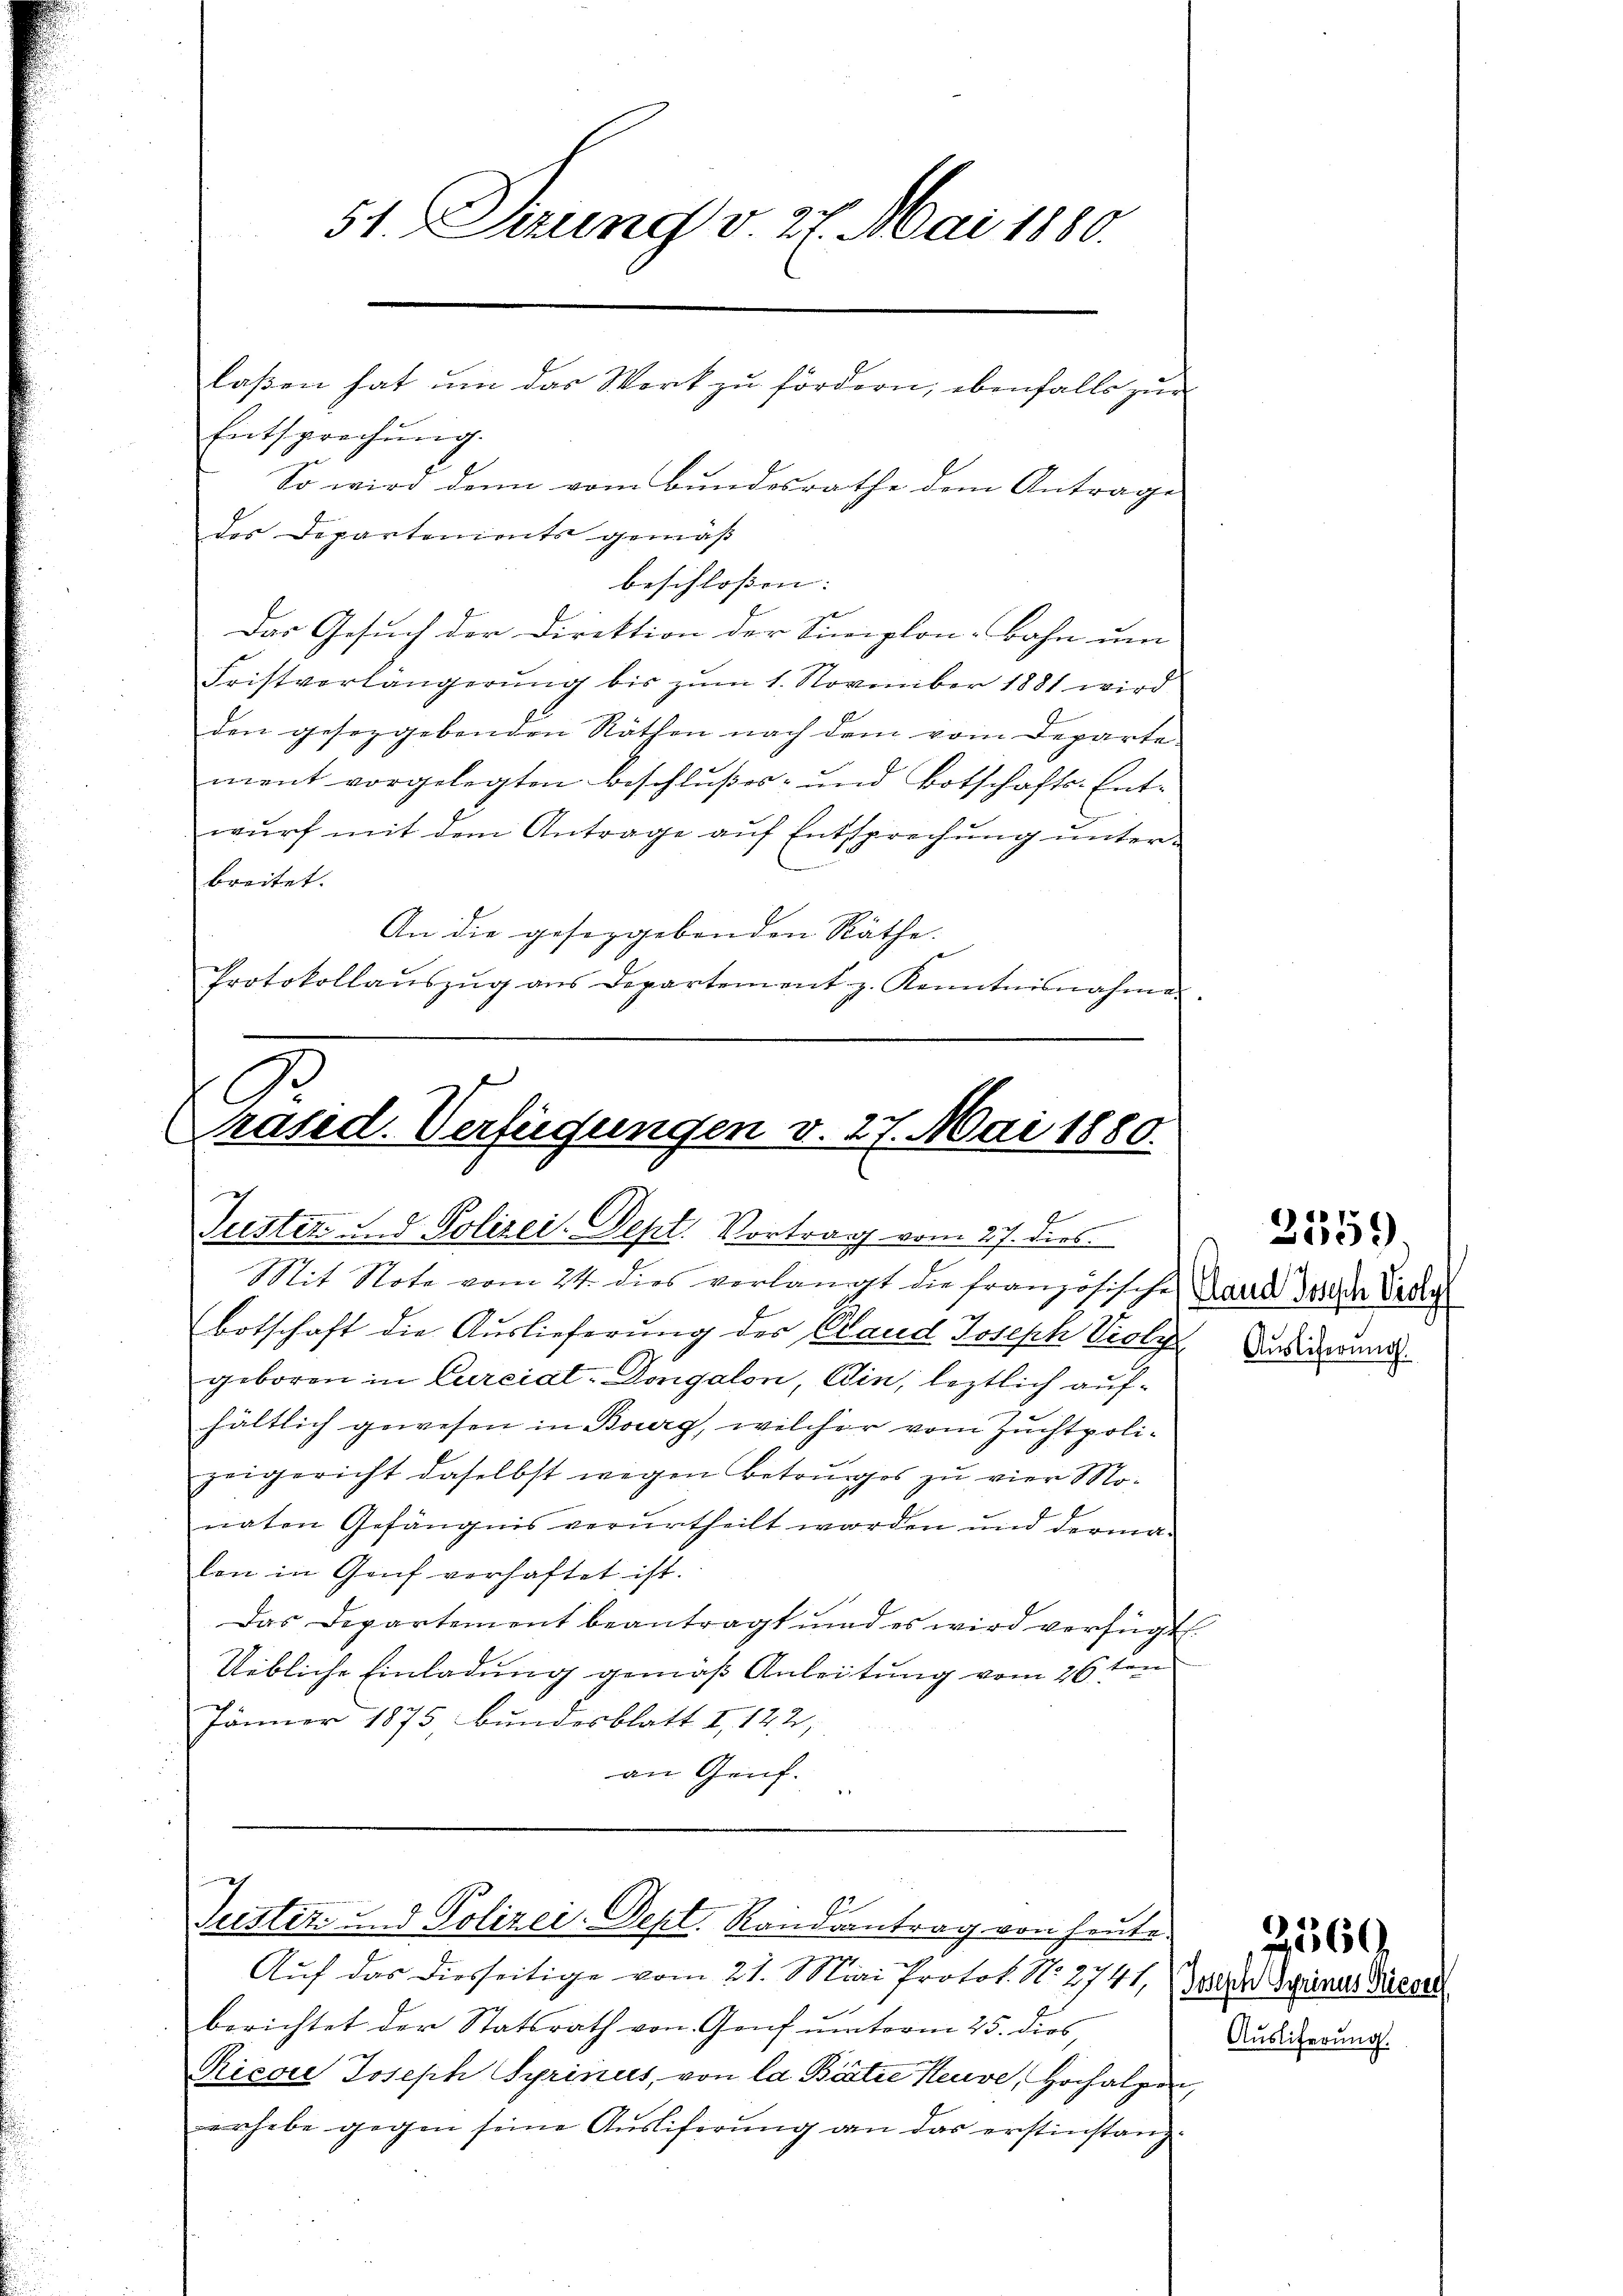
So wird denn vom Bundesrathe dem Antrage
des Departements gemäß
beschloßen:
Das Gesuch der Direktion der Sueiplon-Bahn um
Fristverlängerung bis zum 1. November 1881 wird
den gesezgebenden Räthen nach dem vom Departe
ment vorgelegten Beschlußes- und Botschafts-Entwŭrf mit dem Antrage aŭf Entsprechŭng ŭnter-
breitet.
An die geseggebenden Räthe.
Protokollaŭszŭg ans Departement z. Kenntnisnahme

51. Tierung v. 27. Mai 1880.
laßen hat um das Wort zu fördern, ebenfalls zur
Entsprechŭng.

Prased. Verfügungen v. 27. Mai 1880.
Tuster und Polizei-Dept. Vortrag vom 27. dies

Mit Note vom 24. dies verlangt die französische Land dessen Verdig
Botschaft die Auslieferung des Band Joseph Violys Badiderung.
geboren in Curcial-Dongalon, ein, leztlich aufhältlich gewesen in Bourg, welcher vom Zuchtpoli-
zeigericht daselbst wegen Betruges zu vier Monaten Gefängnis verurtheilt worden und derma-
len in Genf verhaftet ist.
Das Departement beantragt und es wird verfügt.
Uebliche Einladung gemäß Anleitung vom 26ten
Jänner 1875 Bundesblatt I 142,
an Genf.

c
2
Justiz und Polizei-Dept. Randsantrag von heute.

Auf das diesseitige vom 21. Mai Protok. N. 2741, Jede Seines Bären
berichtet der Statsrath von Genf unterm 25. dies,
Ricon Joseph Syrinus, von la Bástee Neuve, Hochalpen,
erhebe gegen seine Ausliferung an das erstinstang

2359.

Ausliferung.

2360.